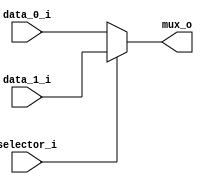
/******************************************************************
* Description
*	This is a  an 2to1 multiplexer that can be parameterized in its bit-width.
*	1.0
* Author:
*	Dr. Jos Luis Pizano Escalante
* email:
*	luispizano@iteso.mx
* Date:
*	05/07/2020
******************************************************************/

module Multiplexer_2_to_1
#(
	parameter N_BITS=32
)
(
	input selector_i,
	input [N_BITS-1:0] data_0_i,
	input [N_BITS-1:0] data_1_i,
	
	output reg [N_BITS-1:0] mux_o

);

	always@(selector_i, data_1_i, data_0_i) begin
		if(selector_i)
			mux_o = data_1_i;
		else
			mux_o = data_0_i;
	end

endmodule